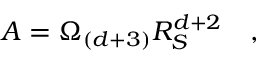
{ \cal A } = \Omega _ { ( d + 3 ) } R _ { S } ^ { d + 2 } \quad ,